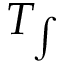
T _ { \int }